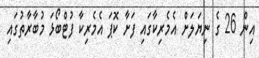
އިން 26 ގެ ނިޔަލަށް އެމެރިކާގައި ފަށާ ކޮޕަ އެމެރިކާ ފުޓްބޯޅަ މުބާރާތުގައި